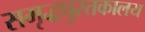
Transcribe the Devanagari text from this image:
समृद्धपुस्तकालय